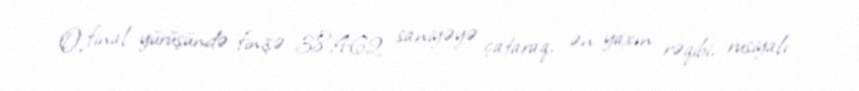
O, final yürüşündə finişə 38,462 saniyəyə çataraq, ən yaxın rəqibi, rusiyalı